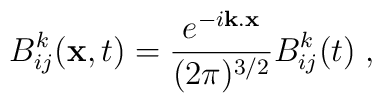
B_{ij}^k({\bf x},t)=\frac{{ e}^{-i{\bf k}.{\bf x}}}{(2\pi)^{3/2}}B_{ij}^k(t)\;,